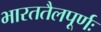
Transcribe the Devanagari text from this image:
भारततैलपूर्णः